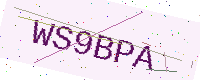
Text: WS9BPA